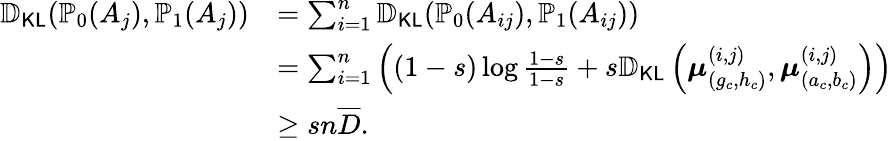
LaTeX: \begin{array}{rl}{\mathbb{D}_{\mathsf{KL}}(\mathbb{P}_{0}(A_{j}),\mathbb{P}_{1}(A_{j}))}&{=\sum_{i=1}^{n}\mathbb{D}_{\mathsf{KL}}(\mathbb{P}_{0}(A_{ij}),\mathbb{P}_{1}(A_{ij}))}\\ &{=\sum_{i=1}^{n}\left((1-s)\log\frac{1-s}{1-s}+s\mathbb{D}_{\mathsf{KL}}\left(\boldsymbol{\mu}_{(g_{c},h_{c})}^{(i,j)},\boldsymbol{\mu}_{(a_{c},b_{c})}^{(i,j)}\right)\right)}\\ &{\geq sn\overline{{D}}.}\end{array}